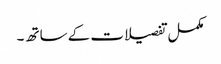
مکمل تفصیلات کے ساتھ ۔